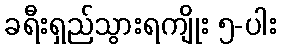
ခရီးရှည်သွားရကျိုး ၅-ပါး